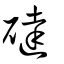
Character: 䃮